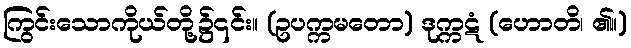
ကြွင်းသောကိုယ်တို့၌၎င်း။ (ဥပက္ကမတော) ဒုက္ကဋံ (ဟောတိ၊ ၏။)